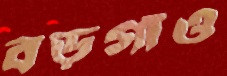
বড়গাঁও